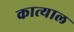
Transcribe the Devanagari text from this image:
कात्याल